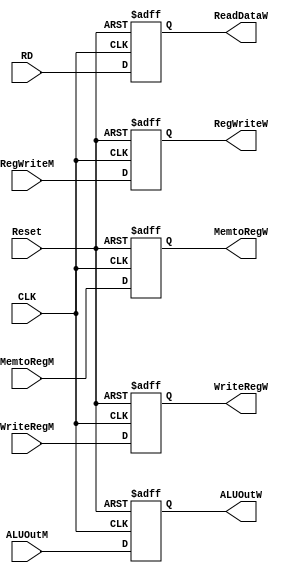
module Write_reg (
    input       [31:0]        RD,
    input       [31:0]        ALUOutM,
    input                     RegWriteM,
    input                     MemtoRegM,
    input       [4:0]         WriteRegM,
    input                     CLK,
    input                     Reset,
    output reg  [31:0]        ReadDataW,
    output reg  [31:0]        ALUOutW,
    output reg                RegWriteW,
    output reg                MemtoRegW,
    output reg  [4:0]         WriteRegW             
);
always @ (posedge CLK or negedge Reset)
begin
    if(Reset==0)
    begin
   ReadDataW <= 32'b0;
    ALUOutW <= 32'b0;
    RegWriteW <= 1'b0;
    MemtoRegW <= 1'b0;
    WriteRegW <= 5'b0;
    end
    else
    begin
    ReadDataW <= RD;
    ALUOutW <= ALUOutM;
    RegWriteW <= RegWriteM;
    MemtoRegW <= MemtoRegM;
    WriteRegW <= WriteRegM;
    end


end 
endmodule